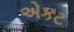
એકટ